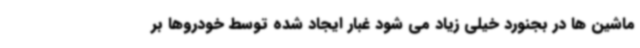
ماشین ها در بجنورد خیلی زیاد می شود غبار ایجاد شده توسط خودروها بر